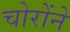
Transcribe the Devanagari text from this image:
चोरोंने